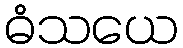
ဓံသယေ